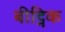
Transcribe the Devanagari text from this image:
बीट्निक